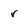
Character: r